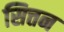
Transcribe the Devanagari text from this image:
सित्तन